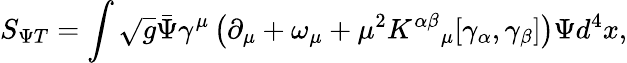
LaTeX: S_{\Psi T}=\int\sqrt{g}{\bar{\Psi}}\gamma^{\mu}\left(\partial_{\mu}+\omega_{\mu}+\mu^{2}K^{\alpha\beta}{}_{\mu}[\gamma_{\alpha},\gamma_{\beta}]\right)\Psi d^{4}x,